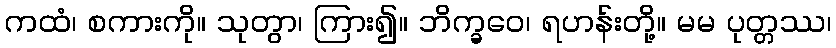
ကထံ၊ စကားကို။ သုတွာ၊ ကြား၍။ ဘိက္ခဝေ၊ ရဟန်းတို့။ မမ ပုတ္တဿ၊